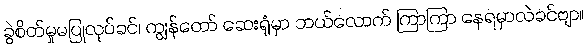
ခွဲစိတ်မှုမပြုလုပ်ခင်၊ ကျွန်တော် ဆေးရုံမှာ ဘယ်လောက် ကြာကြာ နေရမှာလဲခင်ဗျာ။